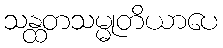
သန္ထတသမ္မုတိယာပေ